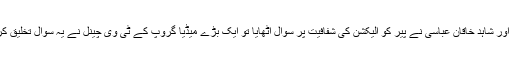
مسلم لیگ (ن) کے رہنما و سابق وزرائے اعظم نوازشریف اور شاہد خاقان عباسی نے پیر کو الیکشن کی شفافیت پر سوال اٹھایا تو ایک بڑے میڈیا گروپ کے ٹی وی چینل نے یہ سوال تخلیق کرلیا کہ ’’کیا نون لیگ کو الیکشن کا بائیکاٹ کردینا چاہیے؟